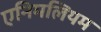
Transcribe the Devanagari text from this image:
एनिमलियम